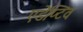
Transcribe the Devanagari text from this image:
एडेप्टिव